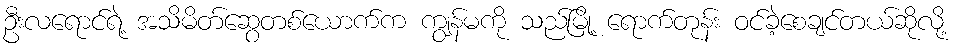
ဦးလရောင်ရဲ့ အသိမိတ်ဆွေတစ်ယောက်က ကျွန်မကို သည်မြို့ ရောက်တုန်း ဝင်ခဲ့စေချင်တယ်ဆိုလို့